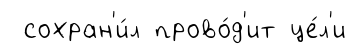
сохран'и́л прово́д'ит це́л'и